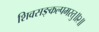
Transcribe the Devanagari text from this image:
शिवसङ्कल्पमस्तु॥२॥